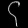
Digit: ၄